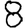
Digit: 8